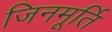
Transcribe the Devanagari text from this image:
जिनमूर्ति